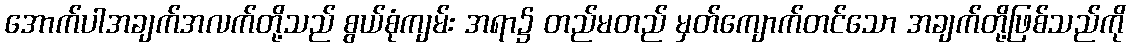
အောက်ပါအချက်အလက်တို့သည် စွယ်စုံကျမ်း အရာ၌ တည်မတည် မှတ်ကျောက်တင်သော အချက်တို့ဖြစ်သည်ကို